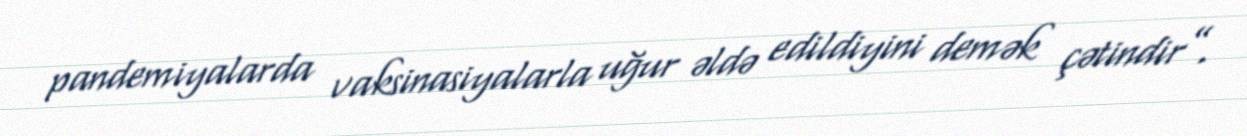
pandemiyalarda vaksinasiyalarla uğur əldə edildiyini demək çətindir”.